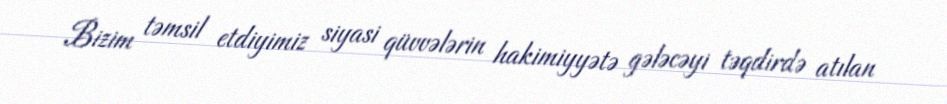
Bizim təmsil etdiyimiz siyasi qüvvələrin hakimiyyətə gələcəyi təqdirdə atılan